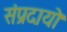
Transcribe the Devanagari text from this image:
संप्रदायो